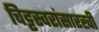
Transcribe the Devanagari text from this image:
चिट्टस्वरांसारखी